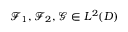
\mathcal { F } _ { 1 } , \mathcal { F } _ { 2 } , \mathcal { G } \in L ^ { 2 } ( D )